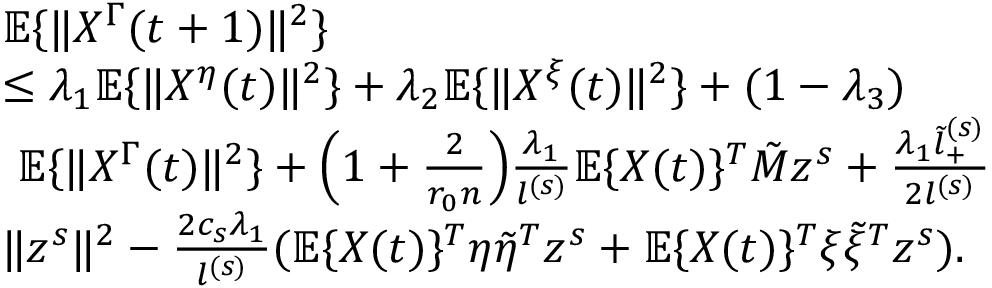
\begin{array} { r l } & { \mathbb { E } \{ \| X ^ { \Gamma } ( t + 1 ) \| ^ { 2 } \} } \\ & { \le \lambda _ { 1 } \mathbb { E } \{ \| X ^ { \eta } ( t ) \| ^ { 2 } \} + \lambda _ { 2 } \mathbb { E } \{ \| X ^ { \xi } ( t ) \| ^ { 2 } \} + ( 1 - \lambda _ { 3 } ) } \\ & { ~ \mathbb { E } \{ \| X ^ { \Gamma } ( t ) \| ^ { 2 } \} + \Big ( 1 + \frac { 2 } { r _ { 0 } n } \Big ) \frac { \lambda _ { 1 } } { l ^ { ( s ) } } \mathbb { E } \{ X ( t ) \} ^ { T } \tilde { M } z ^ { s } + \frac { \lambda _ { 1 } \tilde { l } _ { + } ^ { ( s ) } } { 2 l ^ { ( s ) } } } \\ & { \| z ^ { s } \| ^ { 2 } - \frac { 2 c _ { s } \lambda _ { 1 } } { l ^ { ( s ) } } ( \mathbb { E } \{ X ( t ) \} ^ { T } \eta \tilde { \eta } ^ { T } z ^ { s } + \mathbb { E } \{ X ( t ) \} ^ { T } \xi \tilde { \xi } ^ { T } z ^ { s } ) . } \end{array}